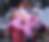
ক